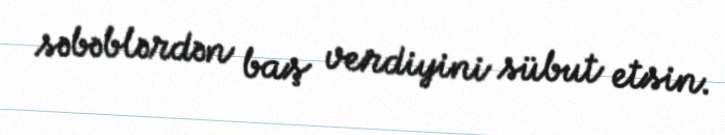
səbəblərdən baş verdiyini sübut etsin.